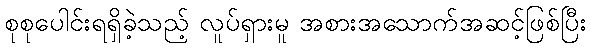
စုစုပေါင်းရရှိခဲ့သည့် လူပ်ရှားမူ အစားအသောက်အဆင့်ဖြစ်ပြီး